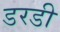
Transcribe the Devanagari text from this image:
डरडी